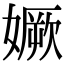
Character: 㜧